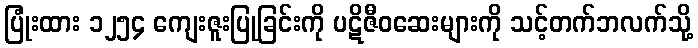
ပြုံးထား ၁၂၅၄ ကျေးဇူးပြုခြင်းကို ပဋိဇီဝဆေးများကို သင့်တက်ဘလက်သို့